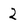
Character: 2